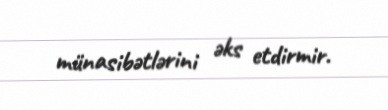
münasibətlərini əks etdirmir.